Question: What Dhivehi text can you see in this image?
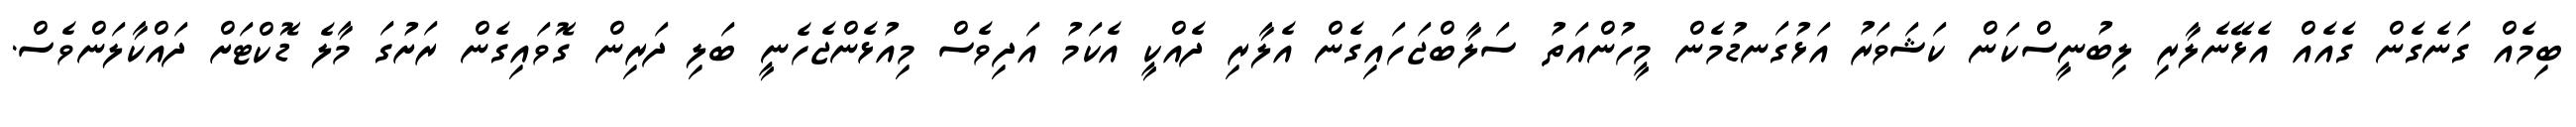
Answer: ބިމެއް ގަނެގެން ގެއެއް އެޅޭނެލާރި ލިބުނީސްކަން ކަޝަވަރު އަޅުގަނޑުމެން މީހުންއަތު ސަލާބްޖަހައިގެން އެލާރި ދެއްކީ އެކަމު އަދިވެސް މިއުޅެންޖެހެނީ ބަލި ދަރިން ގޮވައިގެން ރަށުގަ މާލެ ޑޮކްޓަށް ދައްކާލަންވެސް.